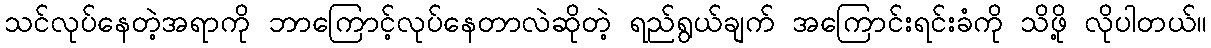
သင်လုပ်နေတဲ့အရာကို ဘာကြောင့်လုပ်နေတာလဲဆိုတဲ့ ရည်ရွယ်ချက် အကြောင်းရင်းခံကို သိဖို့ လိုပါတယ်။